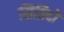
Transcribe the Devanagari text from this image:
सिब्रिदो